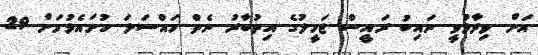
އަށް ވިދާޅުވީ ނައިބު ރައީސް ޖަމީލުގެ އިތުބާރު ނެތް މައްސަލަ ހުށައެޅުމަށް 29